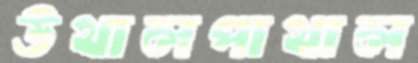
উথালপাথাল